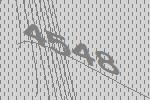
4548